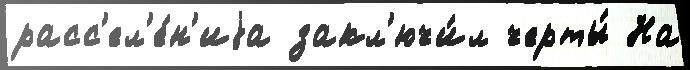
расс'ел'е́н'иjа закл'ючи́л черты́ На